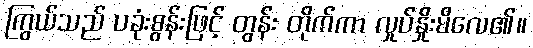
ကြွယ်သည် ပခုံးစွန်းဖြင့် တွန်း တိုက်ကာ လှုပ်နှိုးမိလေ၏။